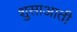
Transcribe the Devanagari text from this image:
शुसाआती